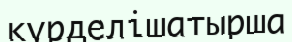
күрделішатырша